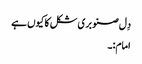
دِل صنوبری شکل کا کیوں ہے
امام:۔